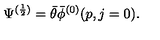
\Psi ^ { ( \frac { 1 } { 2 } ) } = \bar { \theta } \bar { \phi } ^ { ( 0 ) } ( p , j = 0 ) .